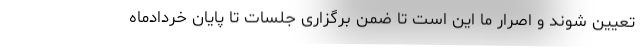
تعیین شوند و اصرار ما این است تا ضمن برگزاری جلسات تا پایان خردادماه